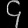
Digit: ၄